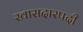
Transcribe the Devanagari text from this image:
खासदारपदी